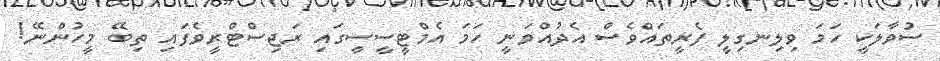
ސުވާލަކީ ހަމަ ވިލިނގިލީ ފެރީތައްވެސް އެދުއްވަނީ ހަމަ އެމްޓީސީސީގައި ރަޖިސްޓްރީވެފައި ތިބޭ މީހުންނޭ!